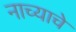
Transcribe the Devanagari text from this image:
नाच्याचे